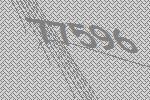
77596